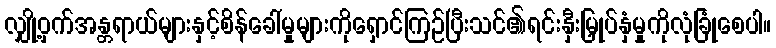
လျှို့ဝှက်အန္တရာယ်များနှင့်စိန်ခေါ်မှုများကိုရှောင်ကြဉ်ပြီးသင်၏ရင်းနှီးမြှုပ်နှံမှုကိုလုံခြုံစေပါ။